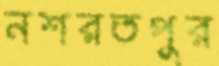
নশরতপুর